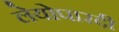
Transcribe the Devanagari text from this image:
लेयोपारदी